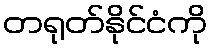
တရုတ်နိုင်ငံကို